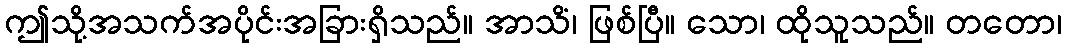
ဤသို့အသက်အပိုင်းအခြားရှိသည်။ အာသိံ၊ ဖြစ်ပြီ။ သော၊ ထိုသူသည်။ တတော၊